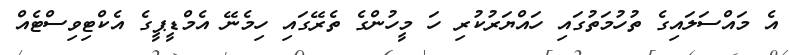
އެ މައްސަލައިގެ ތުހުމަތުގައި ހައްޔަރުކުރި ހަ މީހުންގެ ތެރޭގައި ހިމެނޭ އެމްޑީޕީގެ އެކްޓިވިސްޓެއް